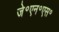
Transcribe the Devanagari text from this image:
जे॰एन॰एस॰